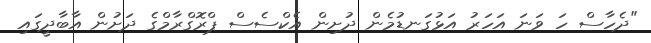
"ދެހާސް ހަ ވަނަ އަހަރު އަޅުގަނޑުމެން ދުށިން އެކްސެސް ޕްރޮގްރާމްގެ ދަށުން އާބާދީގައި